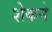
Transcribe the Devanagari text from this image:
शेकने